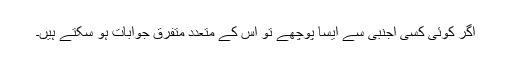
اگر کوئی کسی اجنبی سے ایسا پوچھے تو اِس کے متعدد متفرق جوابات ہو سکتے ہیں۔